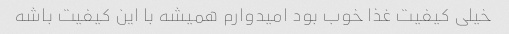
خیلی کیفیت غذا خوب بود امیدوارم همیشه با این کیفیت باشه